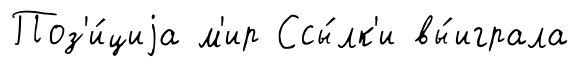
Поз'и́циjа м'ир Ссы́лк'и вы́играла